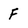
Character: F